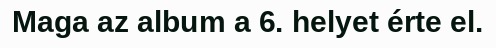
Maga az album a 6. helyet érte el.